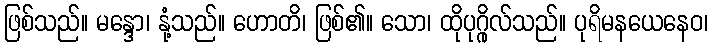
ဖြစ်သည်။ မန္ဒော၊ နုံ့သည်။ ဟောတိ၊ ဖြစ်၏။ သော၊ ထိုပုဂ္ဂိုလ်သည်။ ပုရိမနယေနေဝ၊